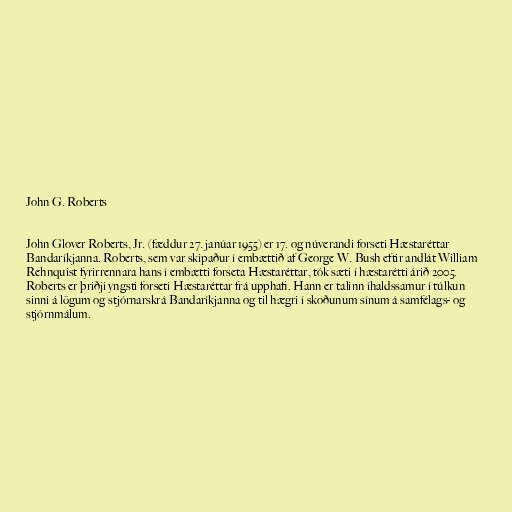
John G. Roberts

John Glover Roberts, Jr. (fæddur 27. janúar 1955) er 17. og núverandi forseti Hæstaréttar
Bandaríkjanna. Roberts, sem var skipaður í embættið af George W. Bush eftir andlát William
Rehnquist fyrirrennara hans í embætti forseta Hæstaréttar, tók sæti í hæstarétti árið 2005.
Roberts er þriðji yngsti forseti Hæstaréttar frá upphafi. Hann er talinn íhaldssamur í túlkun
sinni á lögum og stjórnarskrá Bandaríkjanna og til hægri í skoðunum sínum á samfélags- og
stjórnmálum.